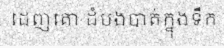
ដេញគោ ដំបងបាត់ក្នុងទឹក